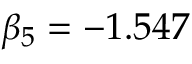
\beta _ { 5 } = - 1 . 5 4 7